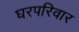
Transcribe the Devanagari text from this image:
घरपरिवार